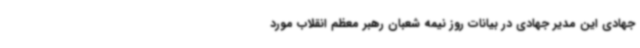
جهادی این مدیر جهادی در بیانات روز نیمه شعبان رهبر معظم انقلاب مورد